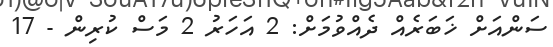
ސަންއަށް ޚަބަރެއް ދެއްވުމަށް: 2 އަހަރު 2 މަސް ކުރިން - 17